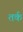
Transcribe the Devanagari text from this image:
तर्क